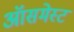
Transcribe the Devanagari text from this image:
ऑसमेस्ट